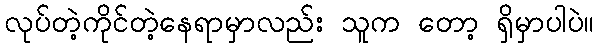
လုပ်တဲ့ကိုင်တဲ့နေရာမှာလည်း သူက တော့ ရှိမှာပါပဲ။